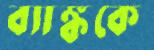
ব্যাঙ্ককে